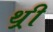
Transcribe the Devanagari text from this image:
थ़्री